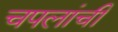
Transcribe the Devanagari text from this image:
चपलांची